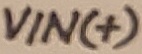
Text: VIN(+)